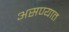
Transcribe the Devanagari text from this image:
असण्यात